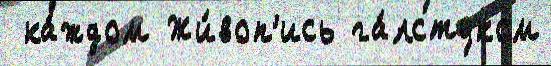
 ка́ждом Жи́воп'ись га́лстуком